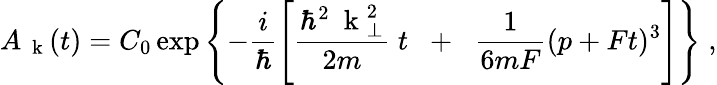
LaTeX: A_{\mathrm{~\mathbf~k~}}(t)=C_{0}\exp\left\{ -\frac{i}{\hbar}\left[\frac{\hbar^{2}\mathrm{~\mathbf~k~}_{\perp}^{2}}{2m}\; t\; \; +\; \; \frac{1}{6mF}(p+Ft)^{3}\right]\right\} \; ,